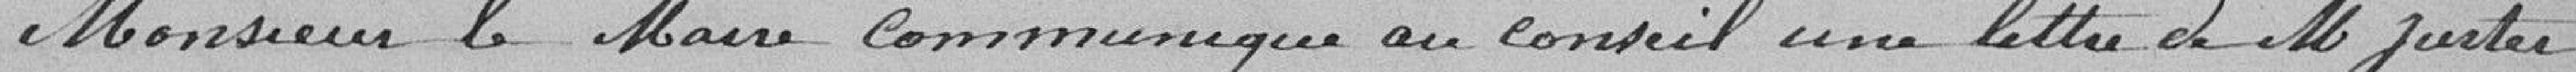
Monsieur le Maire communique au conseil une lettre de M. Juster